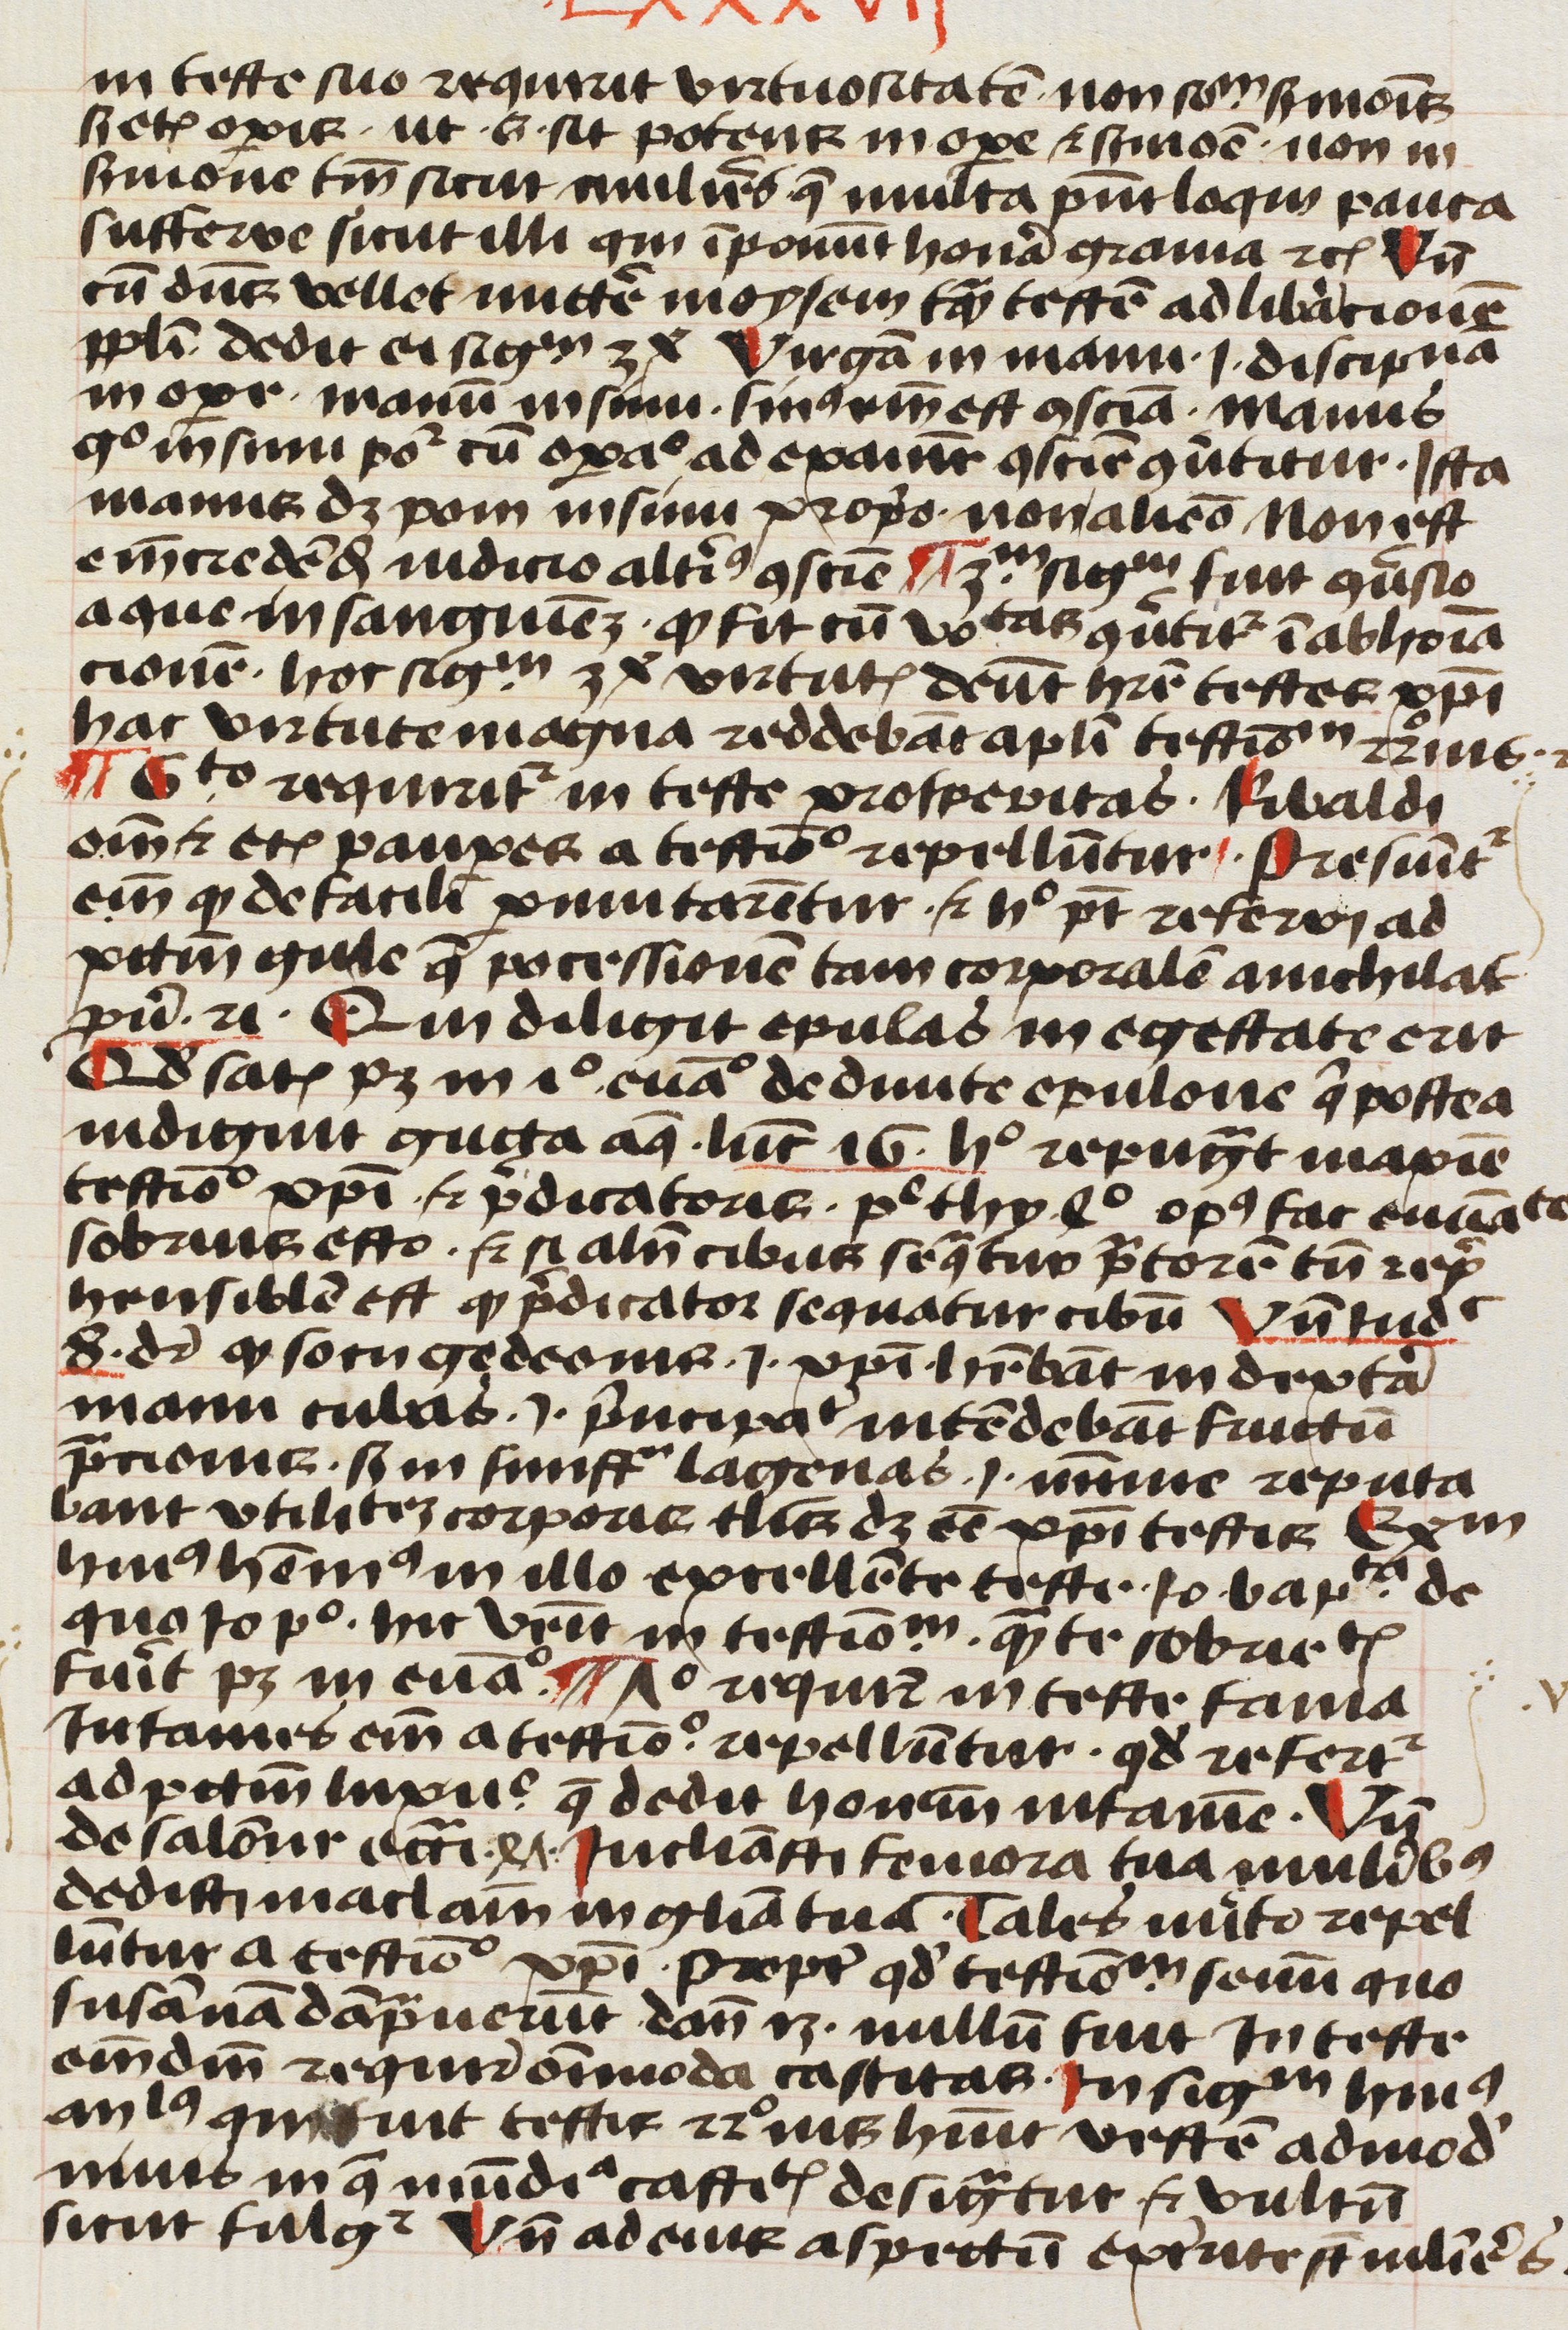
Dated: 1450–1499